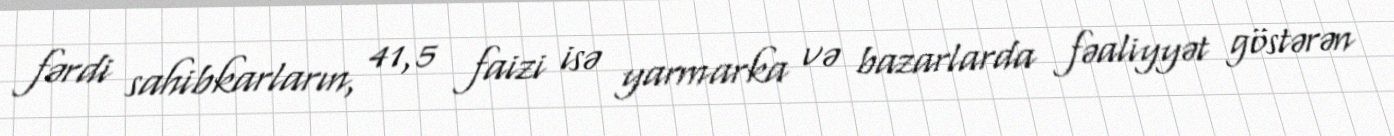
fərdi sahibkarların, 41,5 faizi isə yarmarka və bazarlarda fəaliyyət göstərən